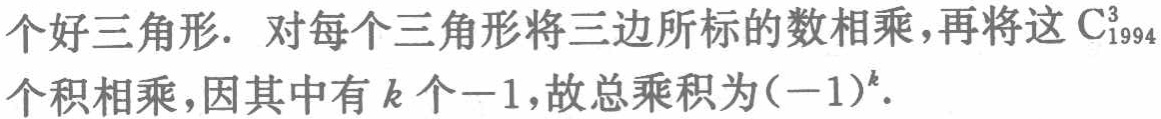
个好三角形. 对每个三角形将三边所标的数相乘,再将这$\mathrm{C}_{1994}^{3}$个积相乘,因其中有$k$个$-1$,故总乘积为$(-1)^{k}$.